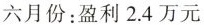
六月份：盈利2.4万元